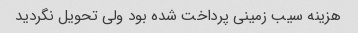
هزینه سیب زمینی پرداخت شده بود ولی تحویل نگردید